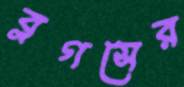
ব্লগসের